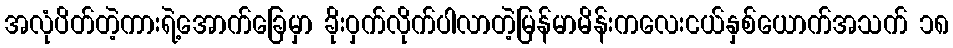
အလုံပိတ်တဲ့ကားရဲ့အောက်ခြေမှာ ခိုးဝှက်လိုက်ပါလာတဲ့မြန်မာမိန်းကလေးငယ်နှစ်ယောက်အသက် ၁၈